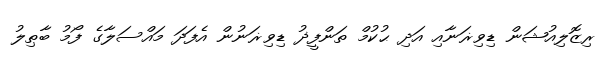
ރިޒޮލިއުޝަން ޑިވިޜަނާއި އަދި ޙުކުމް ތަންފީޛު ޑިވިޜަނުން އެފަދަ މައްސަލާގެ ފޯމު ބާޠިލު